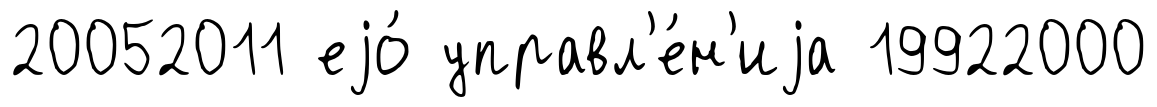
20052011 еjо́ управл'е́н'иjа 19922000